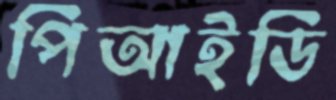
পিআইডি